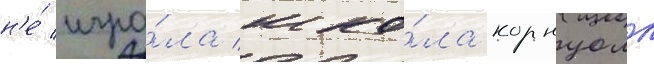
н'е́ игра́ла шко́ла корнуолл